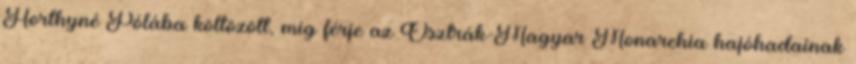
Horthyné Pólába költözött, míg férje az Osztrák-Magyar Monarchia hajóhadainak